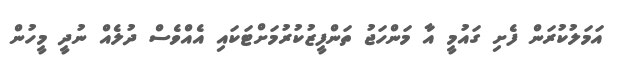
އަމަލުކުރަން ފެށި ގައުމީ އާ މަންހަޖު ތަންފީޒުކުރުމަށްޓަކައި އެއްވެސް ދުލެއް ނުދީ މީހުން